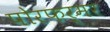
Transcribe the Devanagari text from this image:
पोरफर्मर